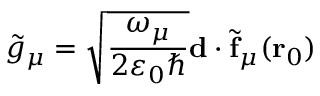
\tilde { g } _ { \mu } = \sqrt { \frac { \omega _ { \mu } } { 2 \varepsilon _ { 0 } \hbar } } \mathbf { d } \cdot \tilde { \mathbf { f } } _ { \mu } ( \mathbf { r } _ { 0 } )